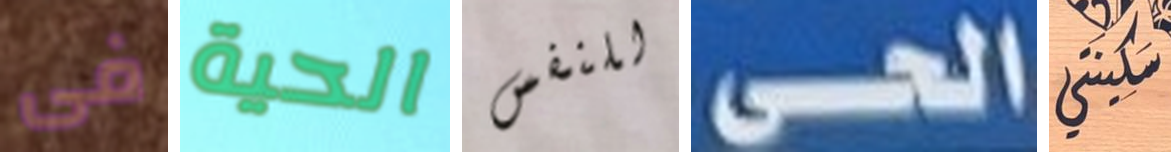
فى الحية للنفس الحى سكينتي